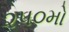
૨૫૦મો